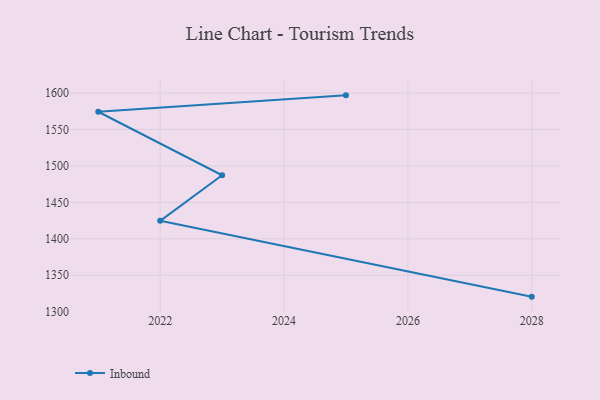
{"axis": {"x": "Year", "y": "Churn Rate (%)"}, "legend": ["Inbound"], "data": [{"x": "2025", "y": 1596.8, "type": "Inbound"}, {"x": "2021", "y": 1574.3, "type": "Inbound"}, {"x": "2023", "y": 1487.2, "type": "Inbound"}, {"x": "2022", "y": 1424.7, "type": "Inbound"}, {"x": "2028", "y": 1320.7, "type": "Inbound"}]}